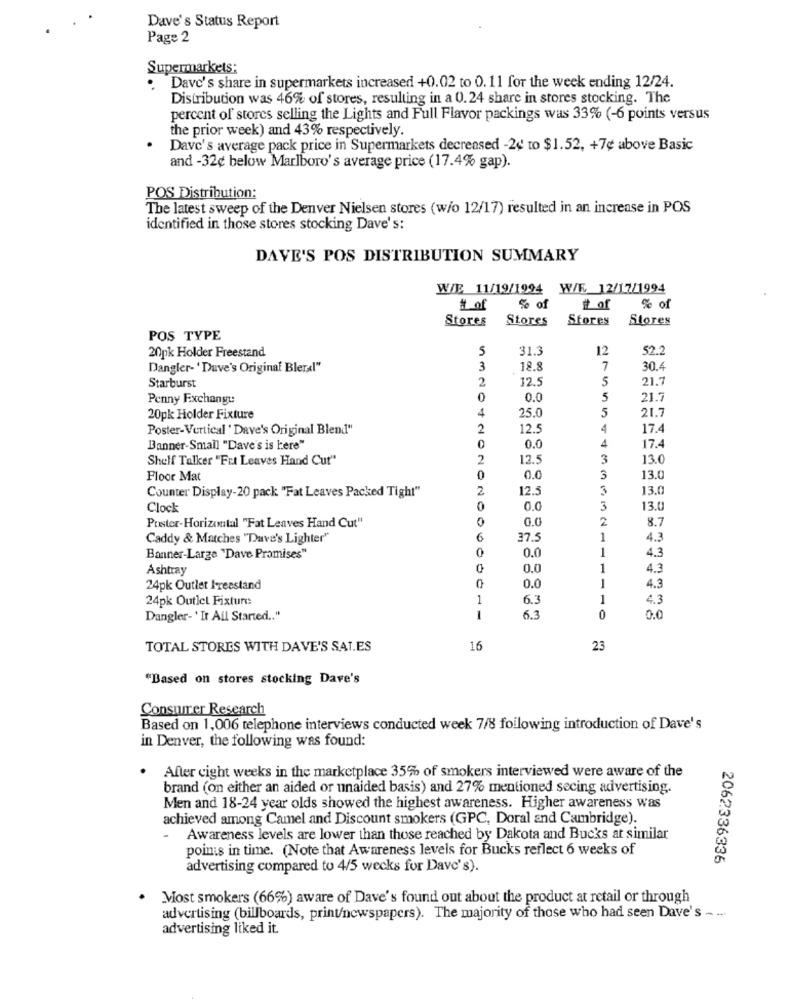
Dave's Status Report
Page 2
Supermarkets:
. Dave's share in supermarkets increased +0.02 to 0. 11 for the week ending 12/24.
Distribution was 46% of stores, resulting in a 0.24 share in stores stocking. The
percent of stores selling the Lights and Full Flavor packings was 33% (-6 points versus
the prior week) and 43% respectively.
Dave's average pack price in Supermarkets decreased -20 to $1.52, +7¢ above Basic
and -32¢ below Marlboro's average price (17.4% gap).
POS Distribution:
The latest sweep of the Denver Nielsen stores (w/o 12/17) resulted in an increase in POS
identified in those stores stocking Dave's:
DAVE'S POS DISTRIBUTION SUMMARY
W/E 11/19/1994 W/E 12/17/1994
# of
% of
# of
% of
Stores
Stores
Stores
Stores
POS TYPE
5
31.3
12
52.2
20pk Holder Freestand
Dangler- 'Duve's Original Bler«l"
3
18.8
7
30.4
2
12.5
5
21.7
Starburst
Penny Exchange
0
0.0
5
21.7
4
25.0
5
21.7
20pk Holder Fixture
Poster-Vertical ' Dave's Original Blend"
2
12.5
4
17.4
4
Banner-Small "Dave's is here"
0
0.0
17.4
Shelf Talker "Fet Leaves Hand Cut"
2
12.5
3
13.0
Floor Mat
0
0.0
3
13.0
2
12.5
3
13.0
Counter Display-20 pack "Fat Leaves Packed Tight"
Clock
0
0.0
3
13.
0
0.0
2
8.7
Poster-Horizontal "Fat Leaves Hand Cut"
Caddy & Matches "Dave's Lighter"
6
37.5
1
4.3
0
0.0
1
4.3
Banner-Large "Dave Promises"
Ashtray
0
0.0
1
4.3
24pk Outlet Freestand
0.0
1
4.3
24pk Outlet Fixture
1
6.3
1
4.3
Dangler-'It Ail Started .. "
1
6.3
0
0.0
TOTAL STORES WITH DAVE'S SAT.ES
16
23
"Based on stores stocking Dave's
Consumer Research
Based on 1,006 telephone interviews conducted week 7/8 following introduction of Dave's
in Denver, the following was found:
After eight weeks in the marketplace 35% of smokers interviewed were aware of the
brand (on either an aided or unaided basis) and 27% mentioned secing advertising.
Men and 18-24 year olds showed the highest awareness. Higher awareness was
achieved among Camel and Discount smokers (GPC, Doral and Cambridge).
- Awareness levels are lower than those reached by Dakota and Bucks at similar
points in time. (Note that Awareness levels for Bucks reflect 6 weeks of
2062336336
advertising compared to 4/5 wecks for Dave's).
Most smokers (66%) aware of Dave's found out about the product at retail or through
advertising (billboards, print/newspapers). The majority of those who had seen Dave's - ...
advertising liked it.